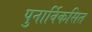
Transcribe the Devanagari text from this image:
पुनार्विकसित